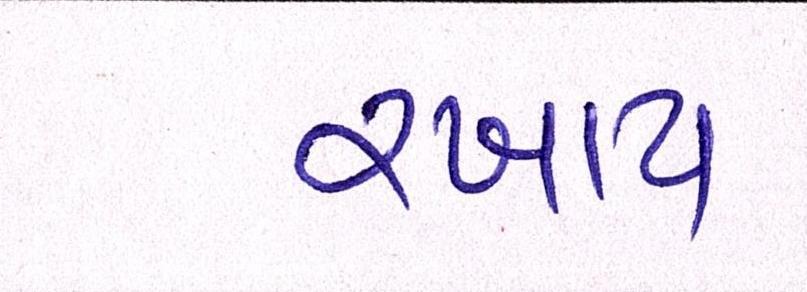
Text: રખાય